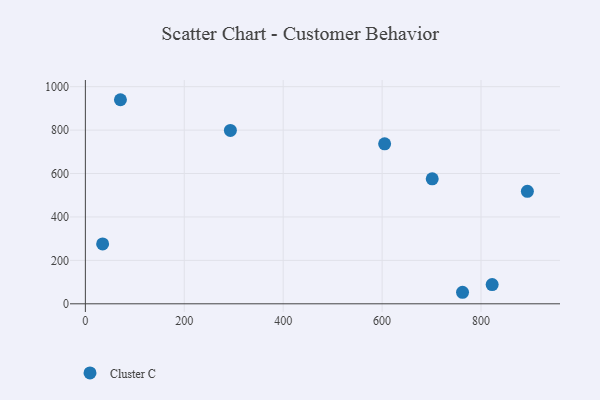
{"axis": {"x": "Ad Spend", "y": "Yield"}, "legend": ["Cluster C"], "data": [{"x": "762.6", "y": 53.1, "type": "Cluster C"}, {"x": "605.1", "y": 737.0, "type": "Cluster C"}, {"x": "293.2", "y": 798.3, "type": "Cluster C"}, {"x": "70.9", "y": 939.9, "type": "Cluster C"}, {"x": "34.9", "y": 275.7, "type": "Cluster C"}, {"x": "822.5", "y": 88.6, "type": "Cluster C"}, {"x": "701.3", "y": 575.8, "type": "Cluster C"}, {"x": "893.7", "y": 518.1, "type": "Cluster C"}]}